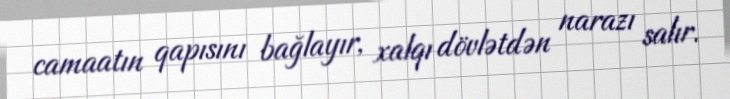
camaatın qapısını bağlayır, xalqı dövlətdən narazı salır.